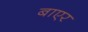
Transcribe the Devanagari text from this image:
बाएर